Annual administration and progress report of the Indian Medical Department, Bombay
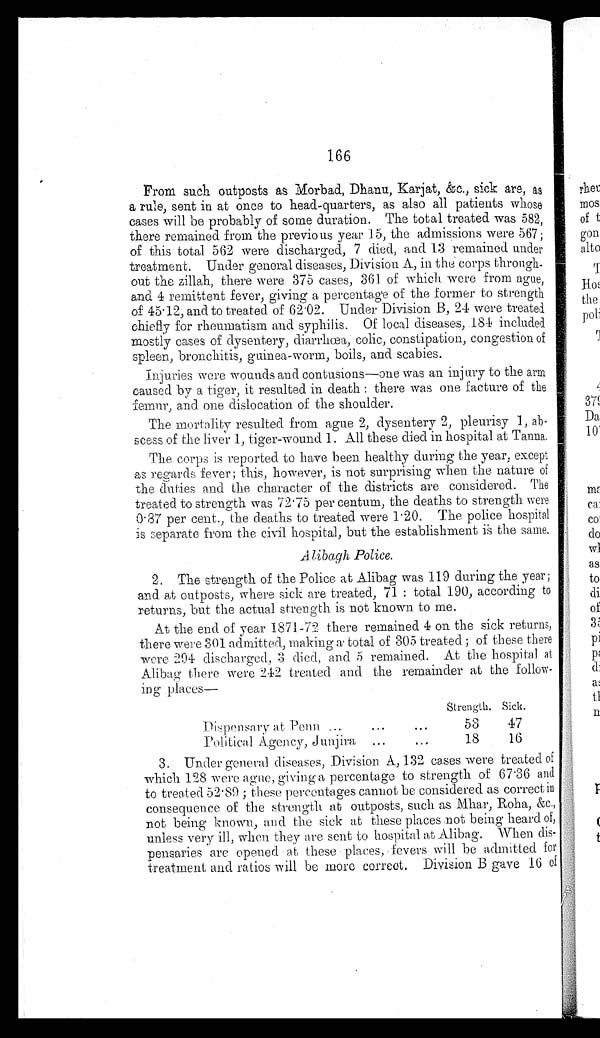
166
From such outposts as Morbad, Dhanu, Karjat, &c., sick are, as
a rule, sent in at once to head-quarters, as also all patients whose
cases will be probably of some duration. The total treated was 582,
there remained from the previous year 15, the admissions were 567;
of this total 562 were discharged, 7 died, and 13 remained under
treatment. Under general diseases, Division A, in the corps through
-
out the zillah, there were 375 cases, 361 of which were from ague,
and 4 remittent fever, giving a percentage of the former to strength
of 45.12, and to treated of 62.02. Under Division B, 24 were treated
chiefly for rheumatism and syphilis. Of local diseases, 184 included
mostly cases of dysentery, diarrhœa, colic, constipation, congestion of
spleen, bronchitis, guinea-worm, boils, and scabies.
Injuries were wounds and contusions—one was an injury to the arm
caused by a tiger, it resulted in death: there was one facture of the
femur, and one dislocation of the shoulder.
The mortality resulted from ague 2, dysentery 2, pleurisy 1, ab
-
scess of the liver 1, tiger-wound 1. All these died in hospital at Tanna.
The corps is reported to have been healthy during the year, except
as regards fever; this, however, is not surprising when the nature of
the duties and the character of the districts are considered. The
treated to strength was 72.75 per centum, the deaths to strength were
0.87 per cent., the deaths to treated were 1.20. The police hospital
is separate from the civil hospital, but the establishment is the same.
2. The strength of the Police at Alibag was 119 during the year;
and at outposts, where sick are treated, 71: total 190, according to
returns, but the actual strength is not known to me.
At the end of year 1871-72 there remained 4 on the sick returns,
there were 301 admitted, making a total of 305 treated; of these there
were 294 discharged, 3 died, and 5 remained. At the hospital at
Alibag there were 242 treated and the remainder at the follow
-
ing places
—
Dispensary at Penn . . .
Strength. Sick.
53
47
Political Agency, Junjira . . .
18
16
3. Under general diseases, Division A, 132 cases were treated of
which 128 were ague, giving a percentage to strength of 67.36 and
to treated 52.89; these percentages cannot be considered as correct in
consequence of the strength at outposts, such as Mhar, Roha, &c.,
not being known, and the sick at these places not being heard of,
unless very ill, when they are sent to hospital at Alibag. When dis
-
pensaries are opened at these places, fevers will be admitted for
treatment and ratios will be more correct. Division B gave 16 of